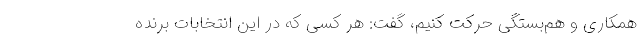
همکاری و هم‌بستگی حرکت کنیم، گفت: هر کسی که در این انتخابات برنده